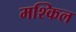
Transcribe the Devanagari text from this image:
मश्किल